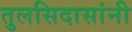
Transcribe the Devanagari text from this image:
तुलसिदासांनी